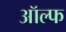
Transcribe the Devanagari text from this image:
ऑल्फ